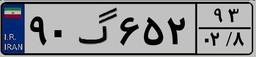
۵۸گ۱۷۶۲۶